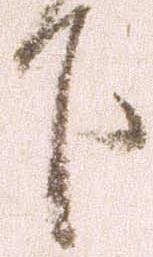
下